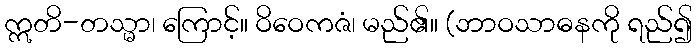
ဣတိ-တသ္မာ၊ ကြောင့်။ ဝိဝေကဇံ၊ မည်၏။ (ဘာဝသာဓနကို ရည်၍